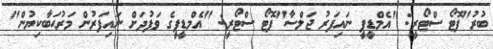
ބުރު"ފޮޓޯ ސްޓޯރީ: "އެމްޑީޕީ ނައިފަރު ޖަލްސާ"ފޮޓޯ ސްޓޯރީ: "އެމްޑީޕީގެ ވަފުދަށް ނައިފަރުން މަރުޙަބާކިޔުން"